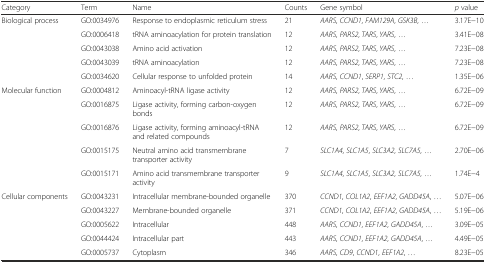
<table><thead><tr><td><b>Category</b></td><td><b>Term</b></td><td><b>Name</b></td><td><b>Counts</b></td><td><b>Gene symbol</b></td><td><b><i>p</i> value</b></td></tr></thead><tbody><tr><td rowspan="3">Biological process</td><td>GO:0034976</td><td>Response to endoplasmic reticulum stress</td><td>21</td><td><i>AARS</i>, <i>CCND1</i>, <i>FAM129A</i>, <i>GSK3B</i>, ...</td><td>3.17E−10</td></tr><tr><td>GO:0006418</td><td>tRNA aminoacylation for protein translation</td><td>12</td><td><i>AARS</i>, <i>PARS2</i>, <i>TARS</i>, <i>YARS</i>, ...</td><td>3.41E−08</td></tr><tr><td>GO:0043038</td><td>Amino acid activation</td><td>12</td><td><i>AARS</i>, <i>PARS2</i>, <i>TARS</i>, <i>YARS</i>, ...</td><td>7.23E−08</td></tr><tr><td></td><td>GO:0043039</td><td>tRNA aminoacylation</td><td>12</td><td><i>AARS</i>, <i>PARS2</i>, <i>TARS</i>, <i>YARS</i>, ...</td><td>7.23E−08</td></tr><tr><td></td><td>GO:0034620</td><td>Cellular response to unfolded protein</td><td>14</td><td><i>AARS</i>, <i>CCND1</i>, <i>SERP1</i>, <i>STC2</i>, ...</td><td>1.35E−06</td></tr><tr><td rowspan="5">Molecular function</td><td>GO:0004812</td><td>Aminoacyl-tRNA ligase activity</td><td>12</td><td><i>AARS</i>, <i>PARS2</i>, <i>TARS</i>, <i>YARS</i>, ...</td><td>6.72E−09</td></tr><tr><td>GO:0016875</td><td>Ligase activity, forming carbon-oxygen bonds</td><td>12</td><td><i>AARS</i>, <i>PARS2</i>, <i>TARS</i>, <i>YARS</i>, ...</td><td>6.72E−09</td></tr><tr><td>GO:0016876</td><td>Ligase activity, forming aminoacyl-tRNA and related compounds</td><td>12</td><td><i>AARS</i>, <i>PARS2</i>, <i>TARS</i>, <i>YARS</i>, ...</td><td>6.72E−09</td></tr><tr><td>GO:0015175</td><td>Neutral amino acid transmembrane transporter activity</td><td>7</td><td><i>SLC1A4</i>, <i>SLC1A5</i>, <i>SLC3A2</i>, <i>SLC7A5</i>, ...</td><td>2.70E−06</td></tr><tr><td>GO:0015171</td><td>Amino acid transmembrane transporter activity</td><td>9</td><td><i>SLC1A4</i>, <i>SLC1A5</i>, <i>SLC3A2</i>, <i>SLC7A5</i>, ...</td><td>1.74E−4</td></tr><tr><td rowspan="4">Cellular components</td><td>GO:0043231</td><td>Intracellular membrane-bounded organelle</td><td>370</td><td><i>CCND1</i>, <i>COL1A2</i>, <i>EEF1A2</i>, <i>GADD45A</i>, ...</td><td>5.07E−06</td></tr><tr><td>GO:0043227</td><td>Membrane-bounded organelle</td><td>371</td><td><i>CCND1</i>, <i>COL1A2</i>, <i>EEF1A2</i>, <i>GADD45A</i>, ...</td><td>5.19E−06</td></tr><tr><td>GO:0005622</td><td>Intracellular</td><td>448</td><td><i>AARS</i>, <i>CCND1</i>, <i>EEF1A2</i>, <i>GADD45A</i>, ...</td><td>3.09E−05</td></tr><tr><td>GO:0044424</td><td>Intracellular part</td><td>443</td><td><i>AARS</i>, <i>CCND1</i>, <i>EEF1A2</i>, <i>GADD45A</i>, ...</td><td>4.49E−05</td></tr><tr><td></td><td>GO:0005737</td><td>Cytoplasm</td><td>346</td><td><i>AARS</i>, <i>CD9</i>, <i>CCND1</i>, <i>EEF1A2</i>, ...</td><td>8.23E−05</td></tr></tbody></table>